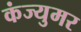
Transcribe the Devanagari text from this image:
कंज्युमर